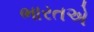
ભારતએ